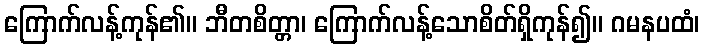
ကြောက်လန့်ကုန်၏။ ဘီတစိတ္တာ၊ ကြောက်လန့်သောစိတ်ရှိကုန်၍။ ဂမနပထံ၊